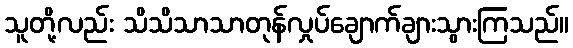
သူတို့လည်း သိသိသာသာတုန်လှုပ်ချောက်ချားသွားကြသည်။